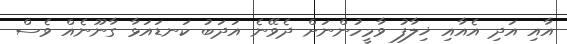
އާއި އަދި އެއާއި ޚިލާފު ވާމީހުންނަށް ދެވޭނެ އަދަބު ކަނޑައަޅާ ގާނޫނެއް ވެސް